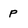
Character: p